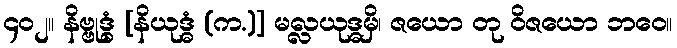
၄၀၂။ နိဗ္ဗုဒ္ဓံ [နိယုဒ္ဓံ (က.)] မလ္လယုဒ္ဓမှိ၊ ဇယော တု ဝိဇယော ဘဝေ။